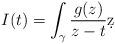
LaTeX: \begin{align*} I(t) = \int_\gamma \frac{g(z)}{z-t} \d z\end{align*}